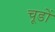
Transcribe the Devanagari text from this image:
चूडों